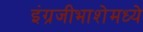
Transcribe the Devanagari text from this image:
इंग्रजीभाशेमध्ये